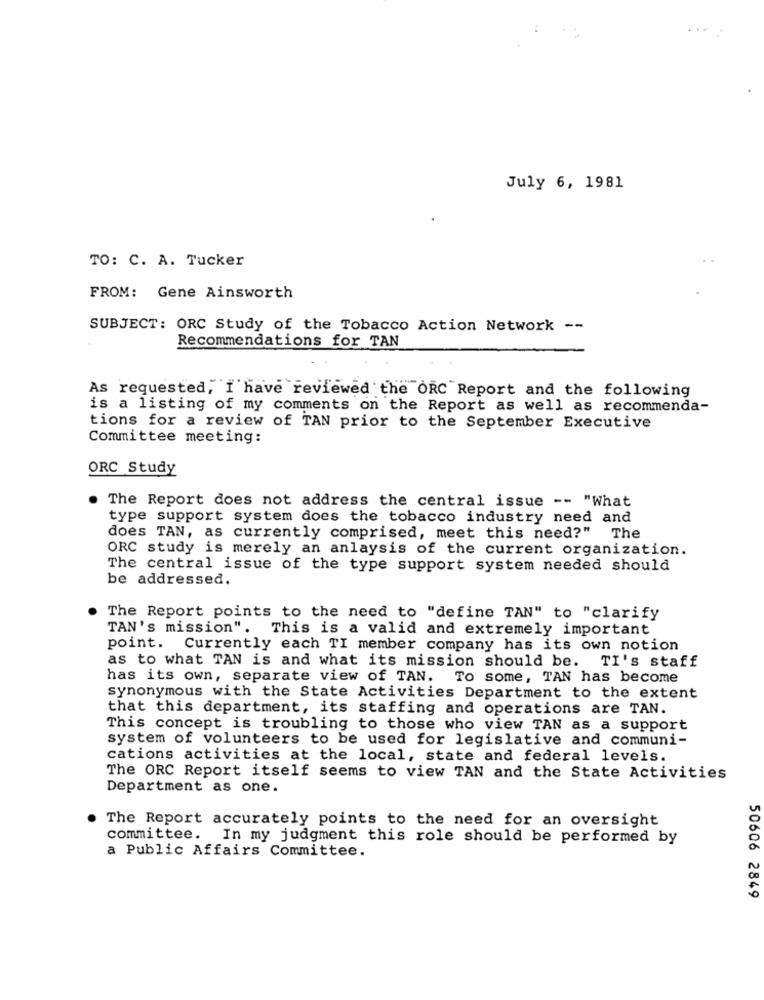
July 6, 1981
TO: C. A. Tucker
FROM: Gene Ainsworth
SUBJECT: ORC Study of the Tobacco Action Network --
Recommendations for TAN
As requested, I have reviewed the ORC Report and the following
is a listing of my comments on the Report as well as recommenda-
tions for a review of TAN prior to the September Executive
Committee meeting:
ORC Study
The Report does not address the central issue -- "What
type support system does the tobacco industry need and
does TAN, as currently comprised, meet this need?" The
ORC study is merely an anlaysis of the current organization.
The central issue of the type support system needed should
be addressed.
The Report points to the need to "define TAN" to "clarify
TAN's mission". This is a valid and extremely important
point.
Currently each TI member company has its own notion
as to what TAN is and what its mission should be. TI's staff
has its own, separate view of TAN. To some, TAN has become
synonymous with the State Activities Department to the extent
that this department, its staffing and operations are TAN.
This concept is troubling to those who view TAN as a support
system of volunteers to be used for legislative and communi-
cations activities at the local, state and federal levels.
The ORC Report itself seems to view TAN and the State Activities
Department as one.
The Report accurately points to the need for an oversight
committee. In my judgment this role should be performed by
a Public Affairs Committee.
50606 2849